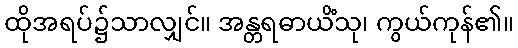
ထိုအရပ်၌သာလျှင်။ အန္တရဓာယိံသု၊ ကွယ်ကုန်၏။